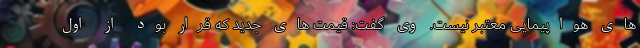
های هواپیمایی معتبر نیست. وی گفت: قیمت های جدید که قرار بود از اول